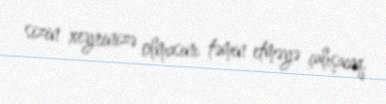
sizin xeyrinizə olmasını təmin etməyə çalışacaq.